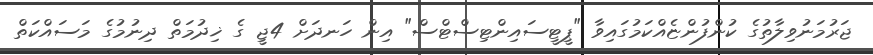
ޖަރުމަނުވިލާތުގެ ކުންފުންޏެއްކަމުގައިވާ "ޕީޓީސައިންޓިސްޓްސް" އިން ހަނދަށް 4ޖީ ގެ ޚިދުމަތް ދިނުމުގެ މަސައްކަތް